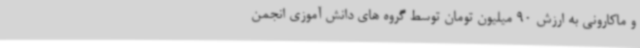
و ماکارونی به ارزش 90 میلیون تومان توسط گروه های دانش آموزی انجمن